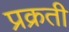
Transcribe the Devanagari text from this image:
प्रक्रती